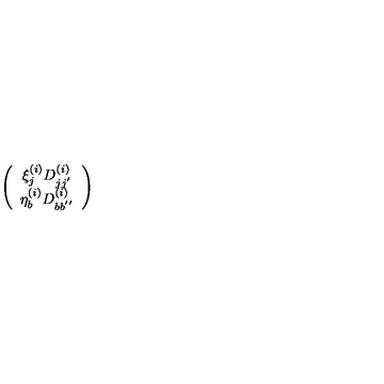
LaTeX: \left( \begin{array} { c } { { \xi } _ { j } ^ { ( i ) } D _ { j j ^ { ' } } ^ { ( i ) } } \\ { { \eta } _ { b } ^ { ( i ) } D _ { b b ^ { ' ^ { \prime } } } ^ { ( i ) } } \\ \end{array} \right)